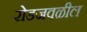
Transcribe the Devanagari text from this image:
रोडजवळील